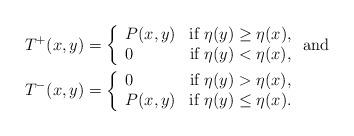
LaTeX: \begin{align*} T^{+}(x,y) & = \left\{ \begin{array}{ll} P(x,y) & \mbox{if $\eta(y) \geq \eta(x)$,} \\ 0 & \mbox{if $\eta(y) < \eta(x)$}, \end{array} \right. \mbox{and} \\ T^{-}(x,y) & = \left\{ \begin{array}{ll} 0 & \mbox{if $\eta(y) > \eta(x)$,} \\ P(x,y) & \mbox{if $\eta(y) \leq \eta(x)$.} \\\end{array} \right.\end{align*}